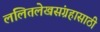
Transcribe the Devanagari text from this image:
ललितलेखसंग्रहासाठी